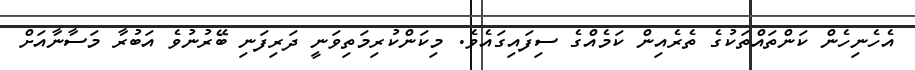
އެހެނިހެން ކަންތައްތަކުގެ ތެރެއިން ކަމެއްގެ ސިފައިގައެވެ. މިކަންކުރިމަތިވަނީ ދަރިފަނި ބޭރުނުވެ އަބުރާ މަސާނާއަށް